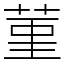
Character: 菫